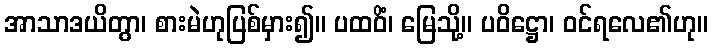
အာသာဒယိတွာ၊ စားမဲဟုပြစ်မှား၍။ ပထဝိံ၊ မြေသို့။ ပဝိဋ္ဌော၊ ဝင်ရလေ၏ဟု။